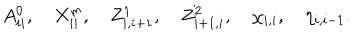
LaTeX: A _ { i i } ^ { 0 } , \quad X _ { i i } ^ { m } , \quad Z _ { i , i + 1 } ^ { 1 } , \quad Z _ { i + 1 , i } ^ { 2 } , \quad \chi _ { i , i } , \quad \eta _ { i , i - 1 } .